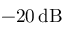
- 2 0 \, \mathrm { d B }